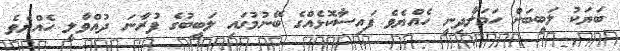
ބަޔަކު ލަބީބަށް ހަމަލާދިނީ ހެއްޔެވެ ފައިސާކޮޅެއްގެ ބޭނުމުގައި ލަބީބުގެ ފުރާނަ ދުއްވާލީ ހެއްޔެވެ